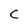
Character: C